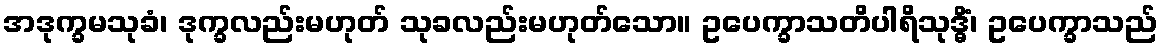
အဒုက္ခမသုခံ၊ ဒုက္ခလည်းမဟုတ် သုခလည်းမဟုတ်သော။ ဥပေက္ခာသတိပါရိသုဒ္ဓိံ၊ ဥပေက္ခာသည်